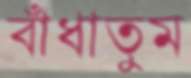
বাঁধাতুম